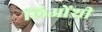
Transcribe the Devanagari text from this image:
लिओंशी